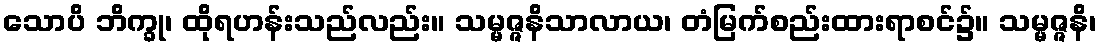
သောပိ ဘိက္ခု၊ ထိုရဟန်းသည်လည်း။ သမ္မဇ္ဇနိသာလာယ၊ တံမြက်စည်းထားရာစင်၌။ သမ္မဇ္ဇနိ၊